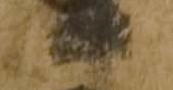
日